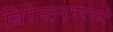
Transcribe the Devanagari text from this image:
बिरेन्द्रनगरको